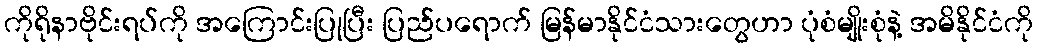
ကိုရိုနာဗိုင်းရပ်ကို အကြောင်းပြုပြီး ပြည်ပရောက် မြန်မာနိုင်ငံသားတွေဟာ ပုံစံမျိုးစုံနဲ့ အမိနိုင်ငံကို